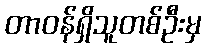
တာဝန်ရှိသူတစ်ဦးမှ